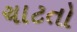
ચાટતો